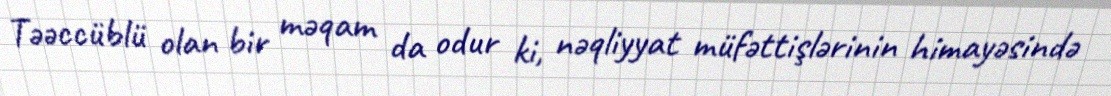
Təəccüblü olan bir məqam da odur ki, nəqliyyat müfəttişlərinin himayəsində